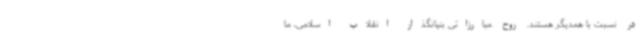
در نسبت با همدیگر هستند. روح مبارزاتی بنیانگذار انقلاب اسلامی، ما